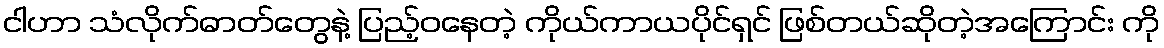
ငါဟာ သံလိုက်ဓာတ်တွေနဲ့ ပြည့်ဝနေတဲ့ ကိုယ်ကာယပိုင်ရှင် ဖြစ်တယ်ဆိုတဲ့အကြောင်း ကို